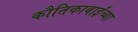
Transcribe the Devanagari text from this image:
कौतिकाबाईंच्या